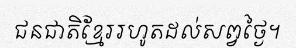
ជនជាតិខ្មែររហូតដល់សព្វថ្ងៃ។